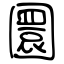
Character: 圜